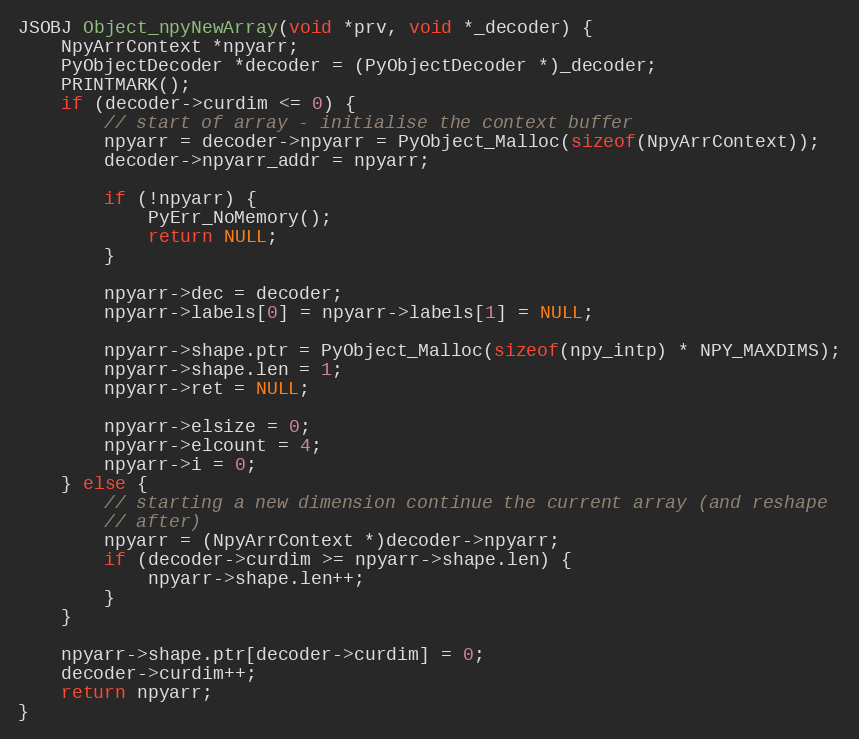
Language: C
JSOBJ Object_npyNewArray(void *prv, void *_decoder) {
    NpyArrContext *npyarr;
    PyObjectDecoder *decoder = (PyObjectDecoder *)_decoder;
    PRINTMARK();
    if (decoder->curdim <= 0) {
        // start of array - initialise the context buffer
        npyarr = decoder->npyarr = PyObject_Malloc(sizeof(NpyArrContext));
        decoder->npyarr_addr = npyarr;

        if (!npyarr) {
            PyErr_NoMemory();
            return NULL;
        }

        npyarr->dec = decoder;
        npyarr->labels[0] = npyarr->labels[1] = NULL;

        npyarr->shape.ptr = PyObject_Malloc(sizeof(npy_intp) * NPY_MAXDIMS);
        npyarr->shape.len = 1;
        npyarr->ret = NULL;

        npyarr->elsize = 0;
        npyarr->elcount = 4;
        npyarr->i = 0;
    } else {
        // starting a new dimension continue the current array (and reshape
        // after)
        npyarr = (NpyArrContext *)decoder->npyarr;
        if (decoder->curdim >= npyarr->shape.len) {
            npyarr->shape.len++;
        }
    }

    npyarr->shape.ptr[decoder->curdim] = 0;
    decoder->curdim++;
    return npyarr;
}